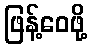
ဖြန့်ဝေဖို့